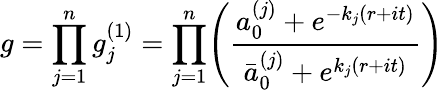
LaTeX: g=\displaystyle\prod_{j=1}^{n}g_{j}^{(1)}=\displaystyle\prod_{j=1}^{n}\Biggl({\frac{a_{0}^{(j)}+e^{-{k_{j}}(r+it)}}{\bar{a}_{0}^{(j)}+e^{{k_{j}}(r+it)}}}\Biggr)